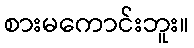
စားမကောင်းဘူး။